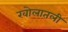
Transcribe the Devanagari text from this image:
खोलातली